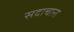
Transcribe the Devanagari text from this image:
सदाचारा